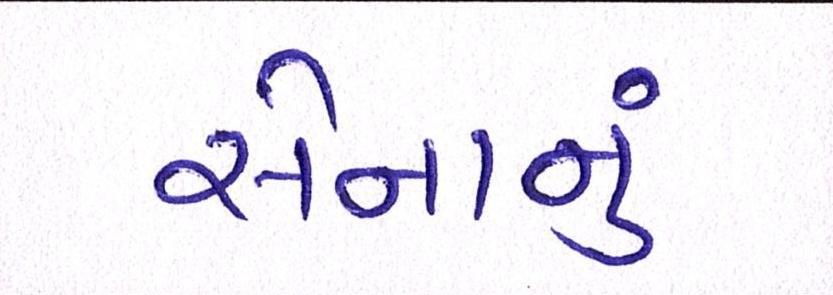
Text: સેનાનું